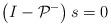
LaTeX: \begin{align*}\left(I-\mathcal{P}^-\right) s=0 \end{align*}